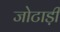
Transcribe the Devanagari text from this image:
जोटाड़ी